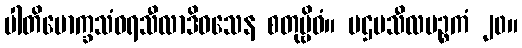
ပါတိမောက္ခသံဝရသီလာဒိဝသေန စတုဗ္ဗိဓံ။ ပဌမသီလပဉ္စကံ ၂၀။